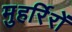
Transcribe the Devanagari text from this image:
मुहर्रिरों